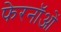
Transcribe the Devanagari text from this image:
फेरनॉओं